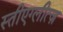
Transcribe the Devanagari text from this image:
स्तीएग्लीत्ज़